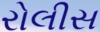
રોલીસ